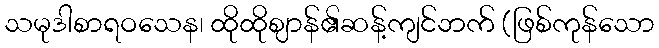
သမုဒါစာရဝသေန၊ ထိုထိုဈာန်၏ဆန့်ကျင်ဘက် (ဖြစ်ကုန်သော